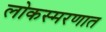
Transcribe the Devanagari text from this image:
लोकस्मरणात